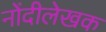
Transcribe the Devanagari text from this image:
नोंदीलेखक